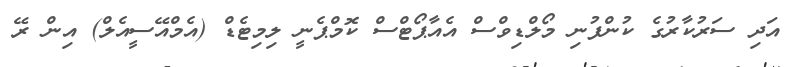
އަދި ސަރުކާރުގެ ކުންފުނި މޯލްޑިވްސް އެއާޕޯޓްސް ކޮމްޕެނީ ލިމިޓެޑް (އެމްއޭސީއެލް) އިން ރޭ